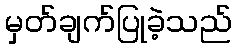
မှတ်ချက်ပြုခဲ့သည်